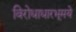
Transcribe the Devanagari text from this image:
विरोधाधारभूमये